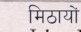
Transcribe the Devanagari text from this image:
मिठायों